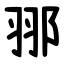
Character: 䣁